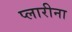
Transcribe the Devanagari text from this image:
प्लारीना